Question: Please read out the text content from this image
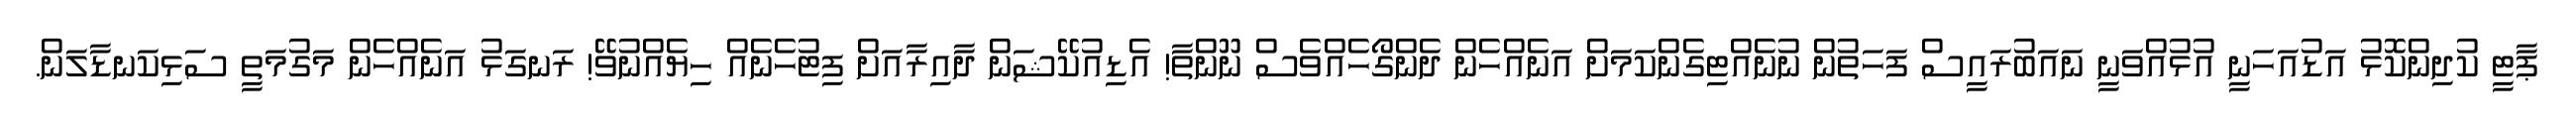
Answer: ޕާޓީ ކުދިންކޮޅު އަޑުއަހަނީ އުޅުއްވަނީ ނައަބުރައީސް ފަހަތުން ނުނެއްޓިގެންކަމަށް އަނެއްހެން ދެންގޯހެއްވެސް ނޫންތާ! އެޑިއުކޭޝަން ދާއިރާއަށް ފިޓުހެނެއް ހިޔެއްނުވޭ! ރަނގަޅު އަނެއްހެން މަގުމަތީ ސަޅިކަނޑާލަން.